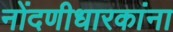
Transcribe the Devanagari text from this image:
नोंदणीधारकांना